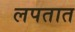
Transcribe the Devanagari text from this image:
लपतात